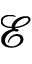
\mathcal { E }